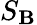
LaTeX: S_{\mathbf{B}}